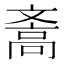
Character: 𪯪